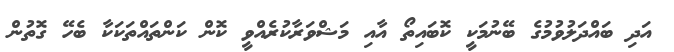
އަދި ބައްދަލުވުމުގެ ބޭނުމަކީ ކޮބައިތޯ އާއި މަޝްވަރާކުރެއްވީ ކޮން ކަންތައްތަކަކާ ބެހޭ ގޮތުން